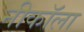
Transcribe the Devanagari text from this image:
नीकॉला